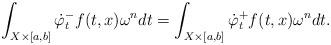
LaTeX: \begin{align*}\int_{X\times [a,b]} \dot{\varphi}^-_t f(t,x)\omega^n dt = \int_{X\times[a,b]} \dot{\varphi}^+_t f(t,x)\omega^n dt.\end{align*}